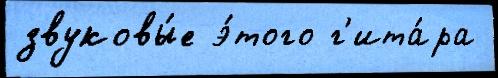
звуковы́е э́того г'ита́ра